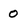
Character: 0